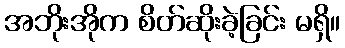
အဘိုးအိုက စိတ်ဆိုးခဲ့ခြင်း မရှိ။